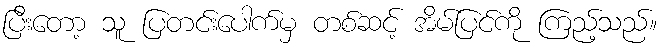
ပြီးတော့ သူ ပြတင်းပေါက်မှ တစ်ဆင့် အိမ်ပြင်ကို ကြည့်သည်။